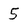
Character: 5